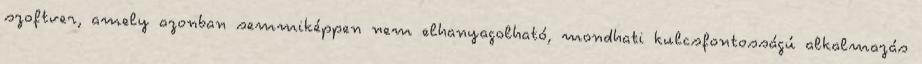
szoftver, amely azonban semmiképpen nem elhanyagolható, mondhati kulcsfontosságú alkalmazás